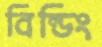
বিল্ডিং